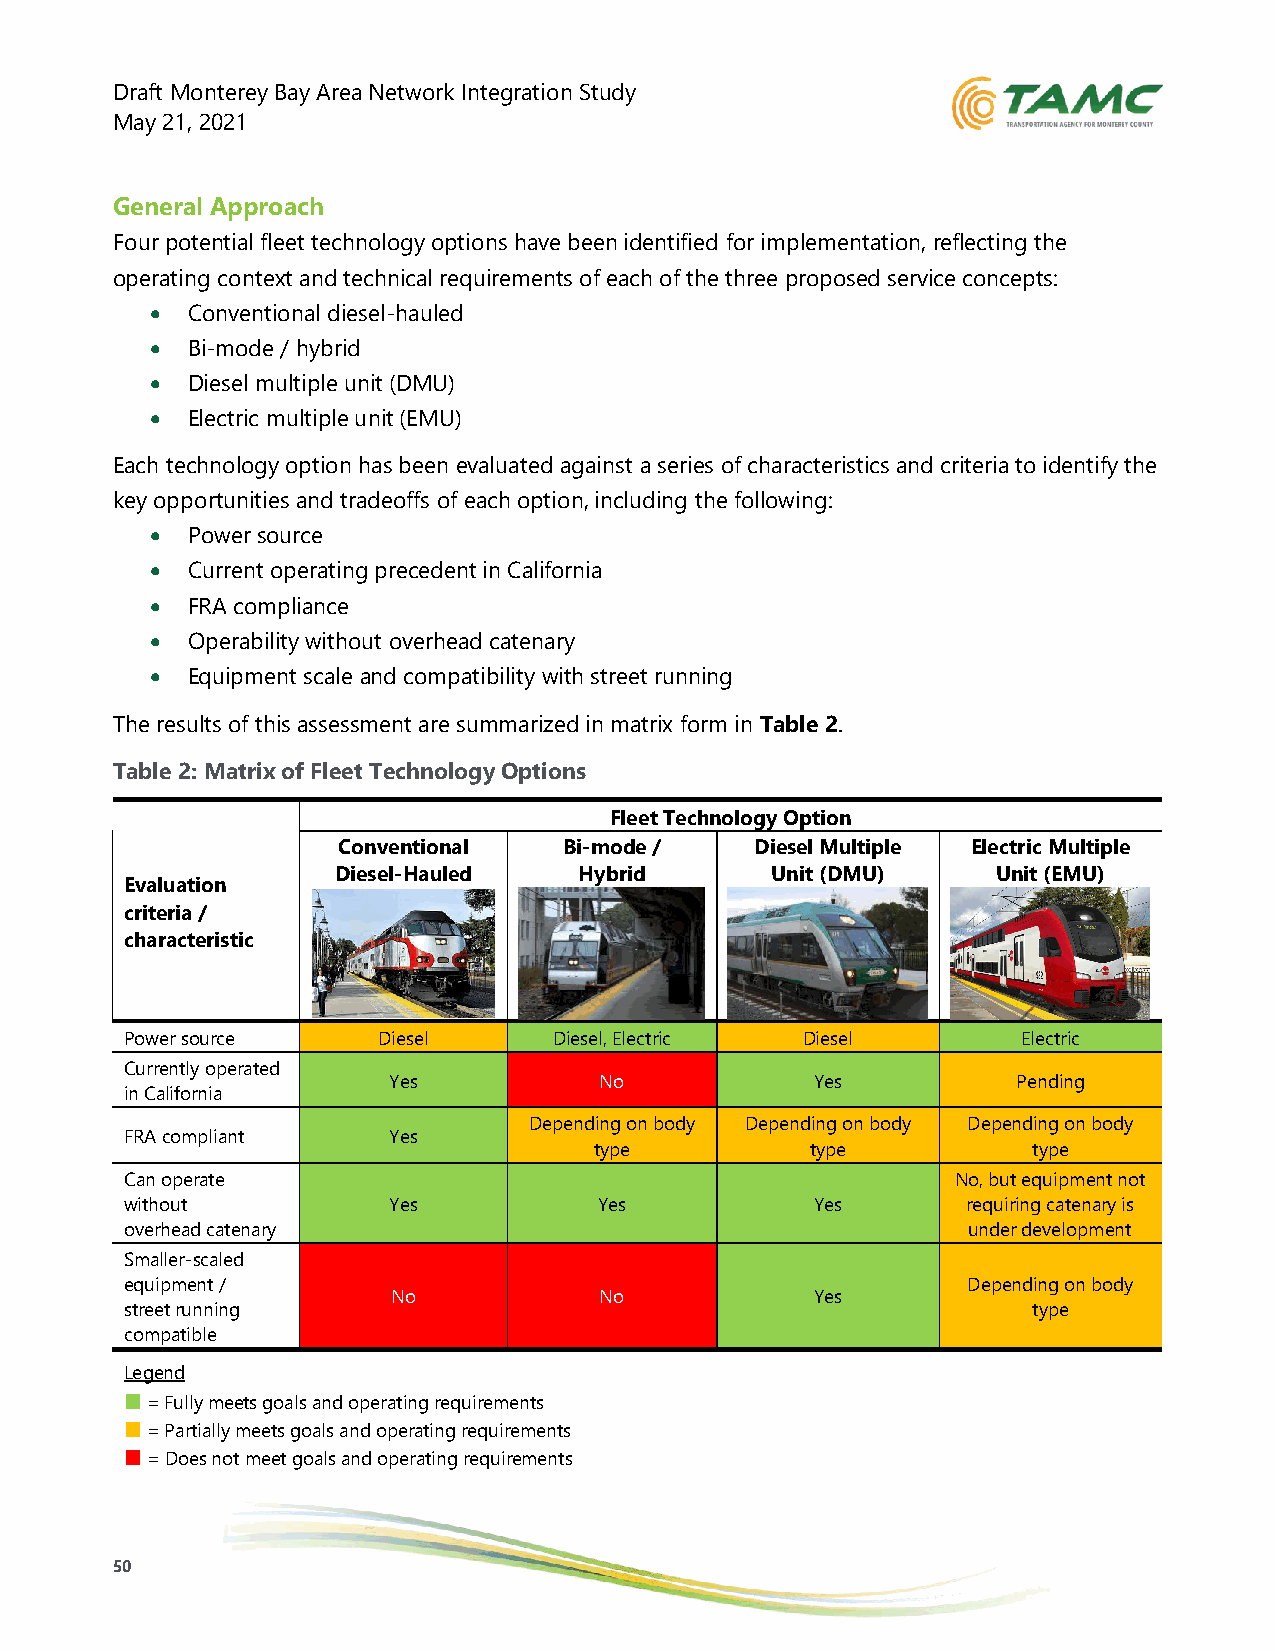
Draft Monterey Bay Area Network Integration Study
 May 21, 2021
 General Approach
 Four potential fleet technology options have been identified for implementation, reflecting the
 operating context and technical requirements of each of the three proposed service concepts:
 • Conventional diesel-hauled
 • Bi-mode / hybrid
 • Diesel multiple unit (DMU)
 • Electric multiple unit (EMU)
 Each technology option has been evaluated against a series of characteristics and criteria to identify the
 key opportunities and tradeoffs of each option, including the following:
 • Power source
 • Current operating precedent in California
 • FRA compliance
 • Operability without overhead catenary
 • Equipment scale and compatibility with street running
 The results of this assessment are summarized in matrix form in Table 2.
 Table 2: Matrix of Fleet Technology Options
 Fleet Technology Option
 Conventional   Bi-mode /    Diesel Multiple Electric Multiple
 Diesel-Hauled   Hybrid       Unit (DMU)     Unit (EMU)
 Evaluation
 criteria /
 characteristic
 Power source     Diesel      Diesel, Electric Diesel        Electric
 Currently operated
 Yes           No            Yes          Pending
 in California
 Depending on body Depending on body Depending on body
 FRA compliant     Yes
 type           type          type
 Can operate                                            No, but equipment not
 without           Yes           Yes           Yes       requiring catenary is
 overhead catenary                                       under development
 Smaller-scaled
 equipment /                                             Depending on body
 No            No            Yes
 street running                                              type
 compatible
 Legend
 ■ = Fully meets goals and operating requirements
 ■ = Partially meets goals and operating requirements
 ■ = Does not meet goals and operating requirements
 50